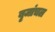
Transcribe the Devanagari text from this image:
बृजांचल